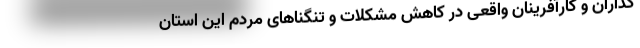
گذاران و کارآفرینان واقعی در کاهش مشکلات و تنگناهای مردم این استان